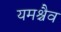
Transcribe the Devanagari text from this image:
यमश्चैव